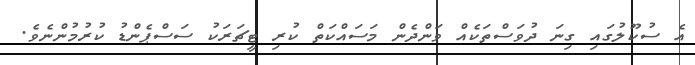
އެ ސުކޫލުގައި ގިނަ ދުވަސްތަކެއް ވަންދެން މަސައްކަތް ކުރި ޓީޗަރަކު ސަސްޕެންޑު ކުރުމުންނެވެ.